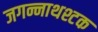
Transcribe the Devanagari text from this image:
जगन्नाथश्टक